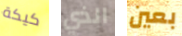
كيكة الذي بعين